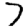
Digit: 7